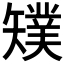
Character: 𥐁